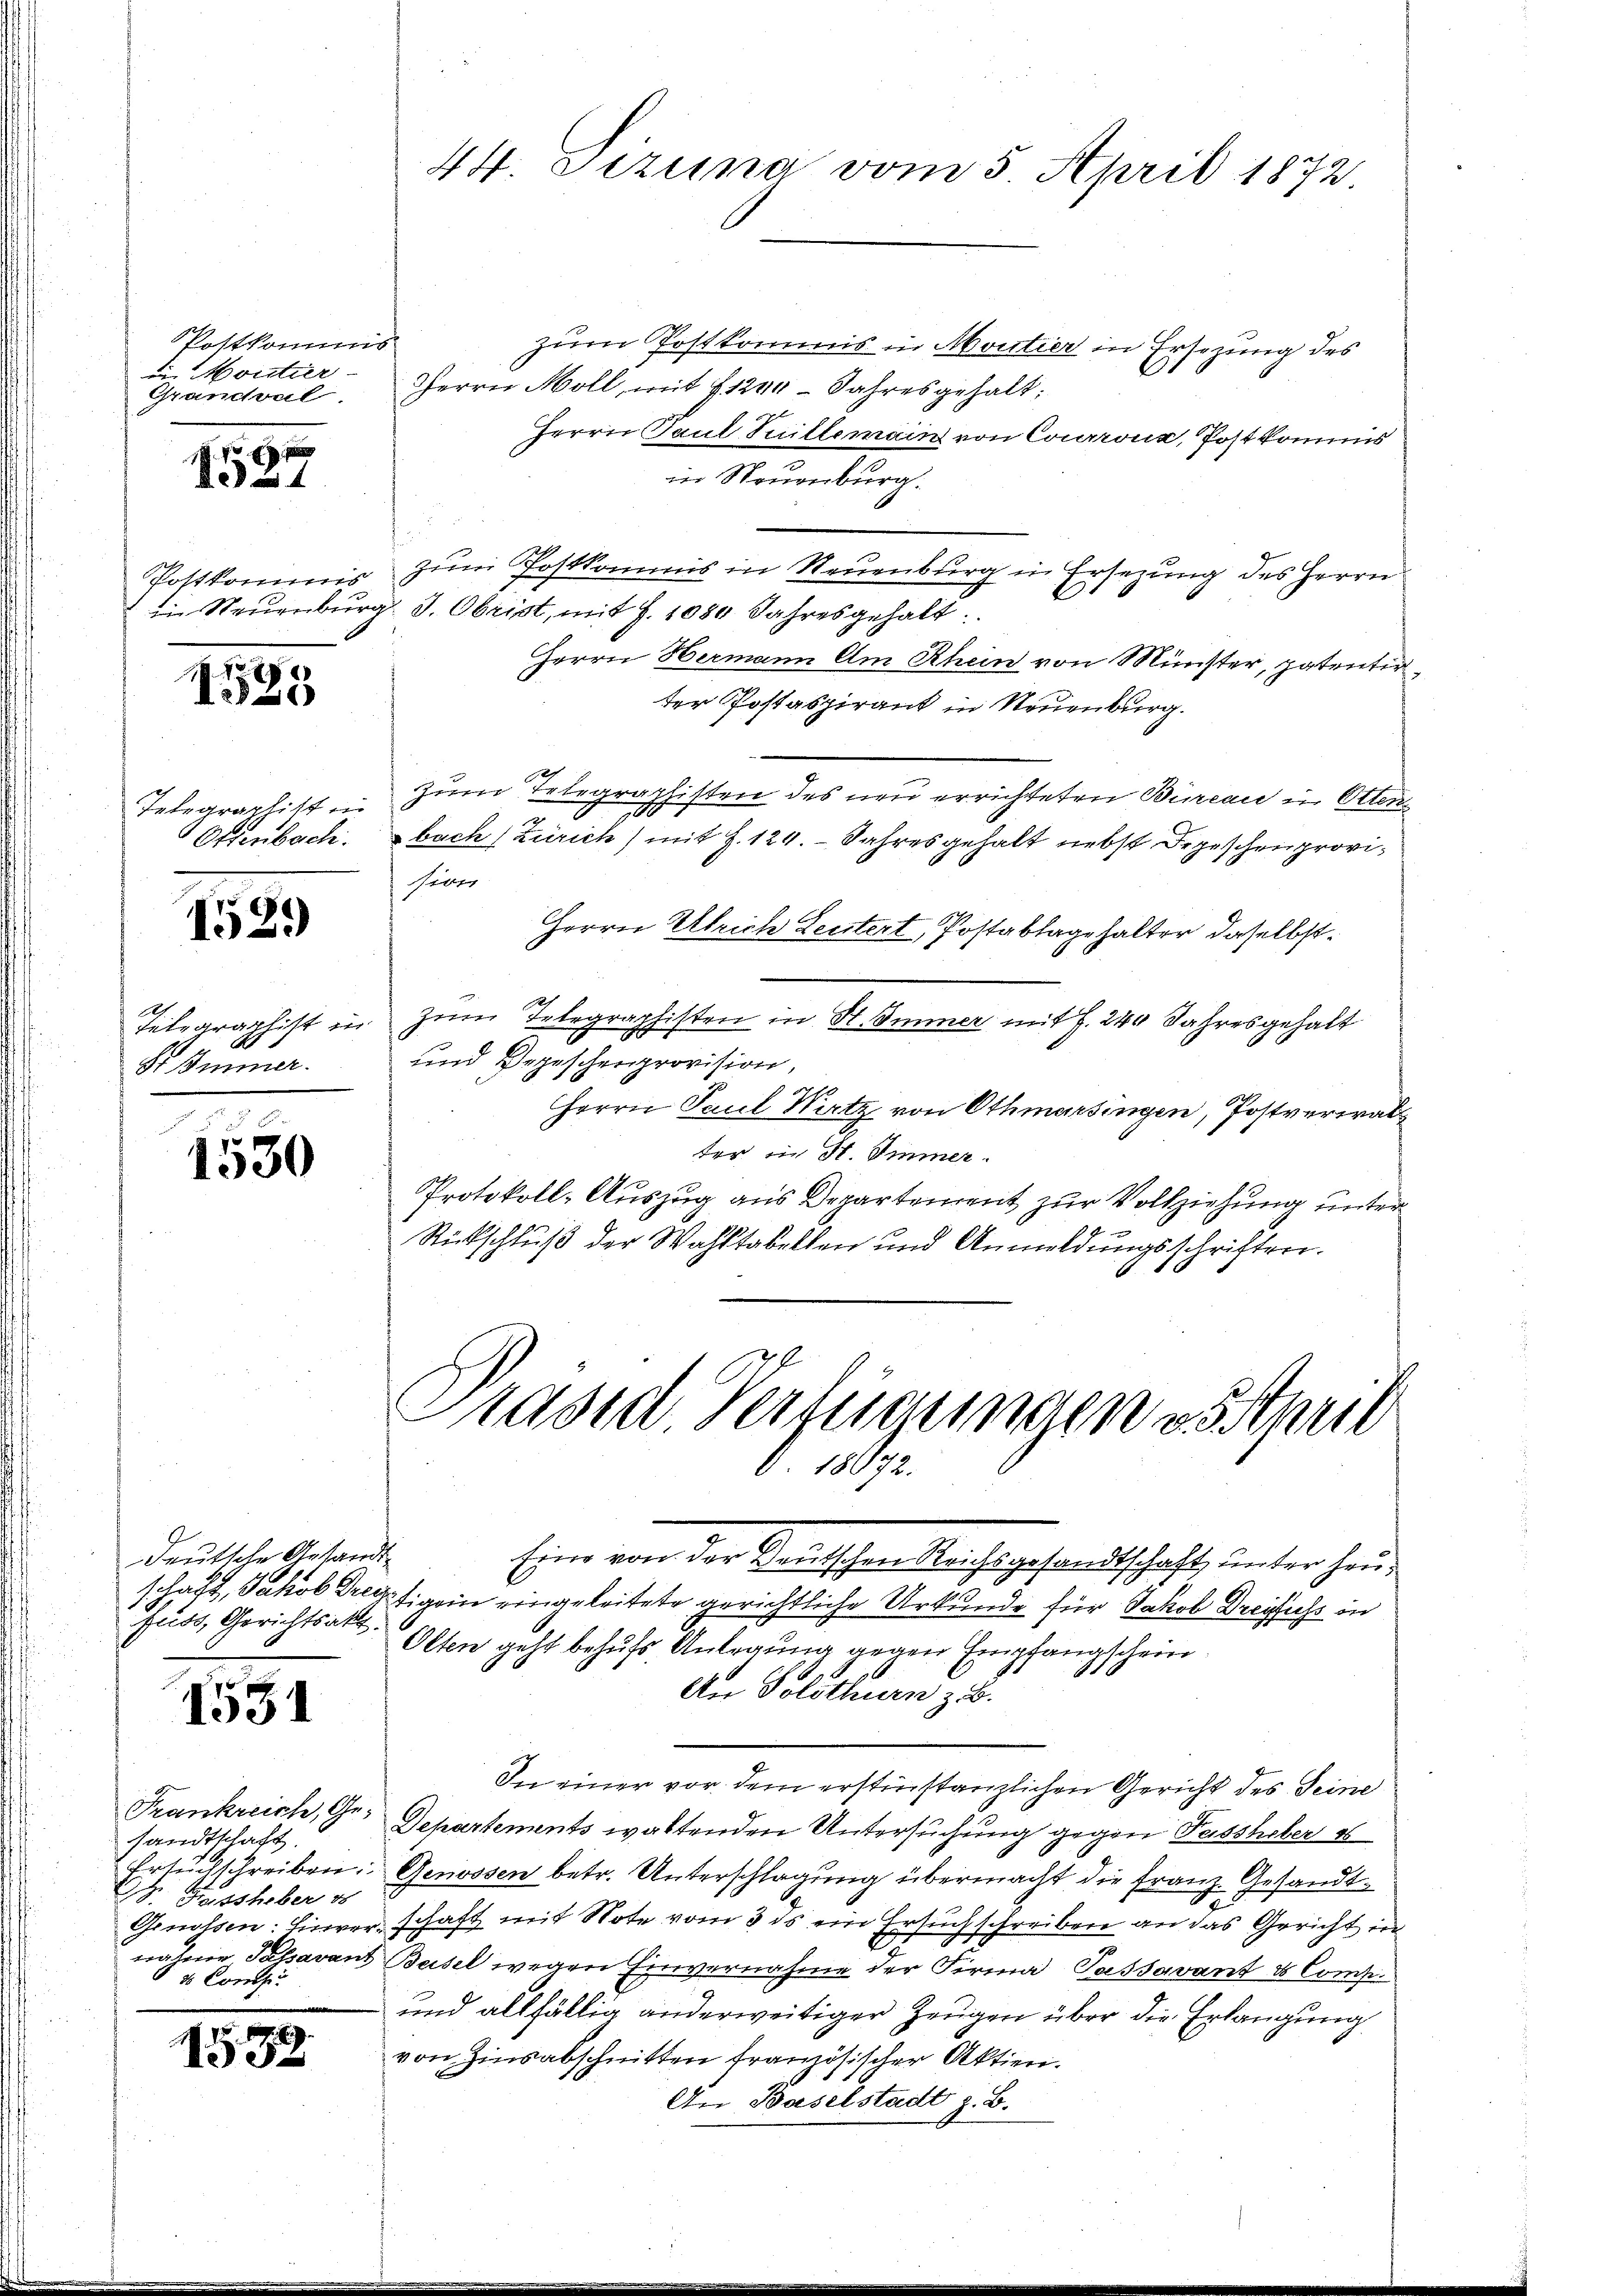
Postkommis
i Montier
Grandval

4

185

Telegraphist ein
Ottenbach.

139

h
8
S. Immer.

7
1330

deutsche Gesandt
Fuss, Gerichtsakt.

1551

Frankreich, Ge-
sandtschaft.
D. Gissheber es
Genossen: Einver¬
  Conclus

153

.

zum Postkommis in Moutier in Ersezung des
Herrn Moll, mit § 1200 Jahres gehalt;
Herrn Paul Puillemain von Courrons, Post kommis
in Neuenburg.
Postkommis zum Postkommis in Neuenburg in Ersezung des Herrn
in Neuenburg. I. Obrist, mit 7. 1080 Jahresgehalt
Herrn Hermann am Rhein von Münster, patentir
der Postaspirant in Neuenburg.
12
Zum Erlegraphisten des neu errichteten Bureau in Otten
180
bach (Zürich) mit Z. 124. Jahres gehalt nebst Depeschen provi¬
Selte
Herrn Ulrich Leutert, Postablagehalter daselbst.
telegraphist in zum Telegraphisten in St. Immer mit J. 240 Jahresgehalt
und Bergeschenprovision,
Herrn Paul Nitz von Othmarsingen, Postverwalter in St. Immer.
Protokoll-Auszug aus Departement zur Vollziehung unter
n
Rückschluß der Wahltabellen und Anmeldungsschriften.

44. Sezuna vom 5. April 1872.

Pasid Verfügungen austheil
 18992.

Eine von der Reutschen Reichsgesandtschaft, unter heuschaft, Jakob Dreitigen eingeleitete gerichtliche Urkunde für Jakob Dreifuchs in
Olten geht behufs Anlegung gegen Empfangschein
An Solothurn z. B.
In einer vor dem erstinstanzlichen Gericht des Seine
Departements waltenden Untersuchung gegen Passheber 1
Ersuchschreiben Genossen betr. Unterschlagung übermacht die Franz. Gesandtschaft mit Note vom 3 des ein Ersuchschreiben an das Gericht in
nahme Passavant Basel wegen Einvernahme der Firma Passavant & Comp.
und allfällig anderweitiger Zeugen über die Erlangung
von Zinsabschnitten französischer Aktien.
An Baselstadt z. B.